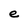
Character: e